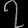
Digit: ၇